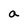
Character: a